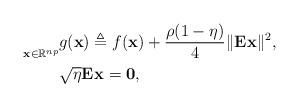
LaTeX: \begin{align*}\underset{\mathbf{x} \in \mathbb{R}^{np}}{} & g(\mathbf{x}) \triangleq f(\mathbf{x}) + \frac{\rho (1-\eta)}{4} \|\mathbf{E}_{}\mathbf{x}\|^2, \\ & \sqrt{\eta} \mathbf{E}_{}\mathbf{x} = \mathbf{0},\end{align*}